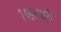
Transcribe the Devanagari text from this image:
१४९मध्ये